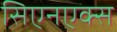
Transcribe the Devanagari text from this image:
सिएनएक्स